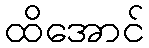
ထိအောင်